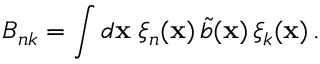
B _ { n k } = \int d { \bf x } \; \xi _ { n } ( { \bf x } ) \, \Tilde { b } ( { \bf x } ) \, \xi _ { k } ( { \bf x } ) \, .